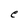
Character: e